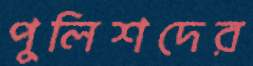
পুলিশদের